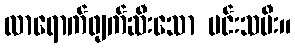
လာရောက်ဖျက်ဆီးသော မင်းသမီး။